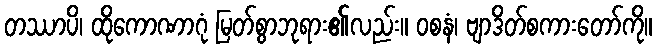
တဿာပိ၊ ထိုကောဏာဂုံ မြတ်စွာဘုရား၏လည်း။ ဝစနံ၊ ဗျာဒိတ်စကားတော်ကို။